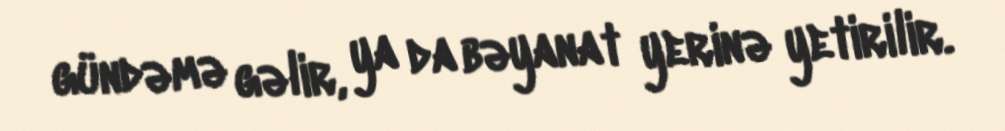
gündəmə gəlir, ya da bəyanat yerinə yetirilir.